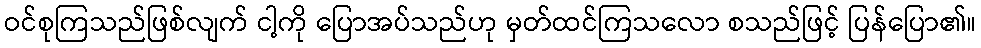
ဝင်စုကြသည်ဖြစ်လျက် ငါ့ကို ပြောအပ်သည်ဟု မှတ်ထင်ကြသလော စသည်ဖြင့် ပြန်ပြော၏။